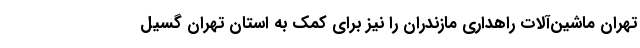
تهران ماشین‌آلات راهداری مازندران را نیز برای کمک به استان تهران گسیل